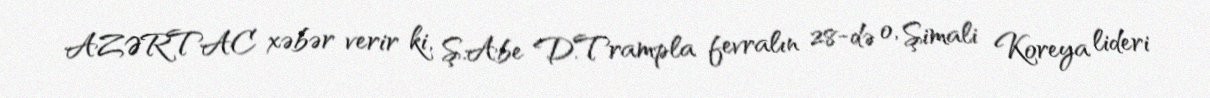
AZƏRTAC xəbər verir ki, Ş.Abe D.Trampla fevralın 28-də o, Şimali Koreya lideri